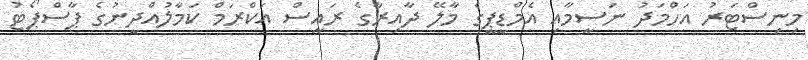
މިނިސްޓަރު އަހްމަދު ނަސީމާއި އެމްޑީޕީގެ މާލޭ ދާއިރާގެ ރައީސް އަކްރަމް ކަމާލުއްދީނުގެ ޕާސްޕޯޓު